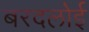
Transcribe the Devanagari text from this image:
बरदलोई